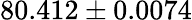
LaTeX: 80.412\pm 0.0074